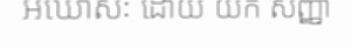
អឃោសៈ ដោយ យក សញ្ញា